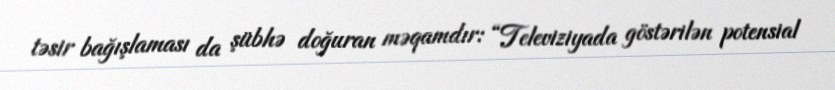
təsir bağışlaması da şübhə doğuran məqamdır: “Televiziyada göstərilən potensial